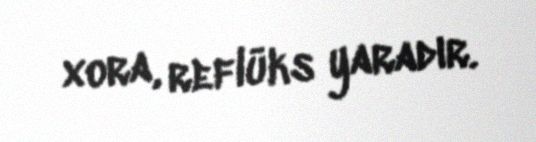
xora, reflüks yaradır.